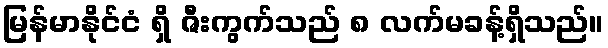
မြန်မာနိုင်ငံ ရှိ ဇီးကွက်သည် ၈ လက်မခန့်ရှိသည်။